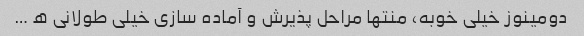
دومینوز خیلی خوبه، منتها مراحل پذیرش و آماده سازی خیلی طولانی ه …